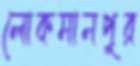
লোকমানপুর